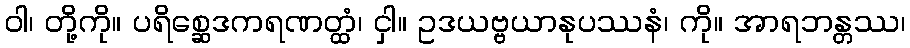
ဝါ၊ တို့ကို။ ပရိစ္ဆေဒကရဏတ္ထံ၊ ငှါ။ ဥဒယဗ္ဗယာနုပဿနံ၊ ကို။ အာရဘန္တဿ၊